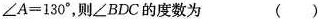
$$\angle A=130^{\circ}$$，则\angle BDC的度数为( )